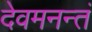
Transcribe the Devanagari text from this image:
देवमनन्तं